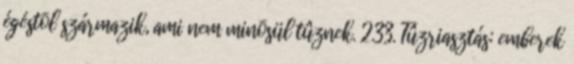
égéstõl származik, ami nem minõsül tûznek. 2.33. Tûzriasztás: emberek